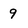
Character: 9